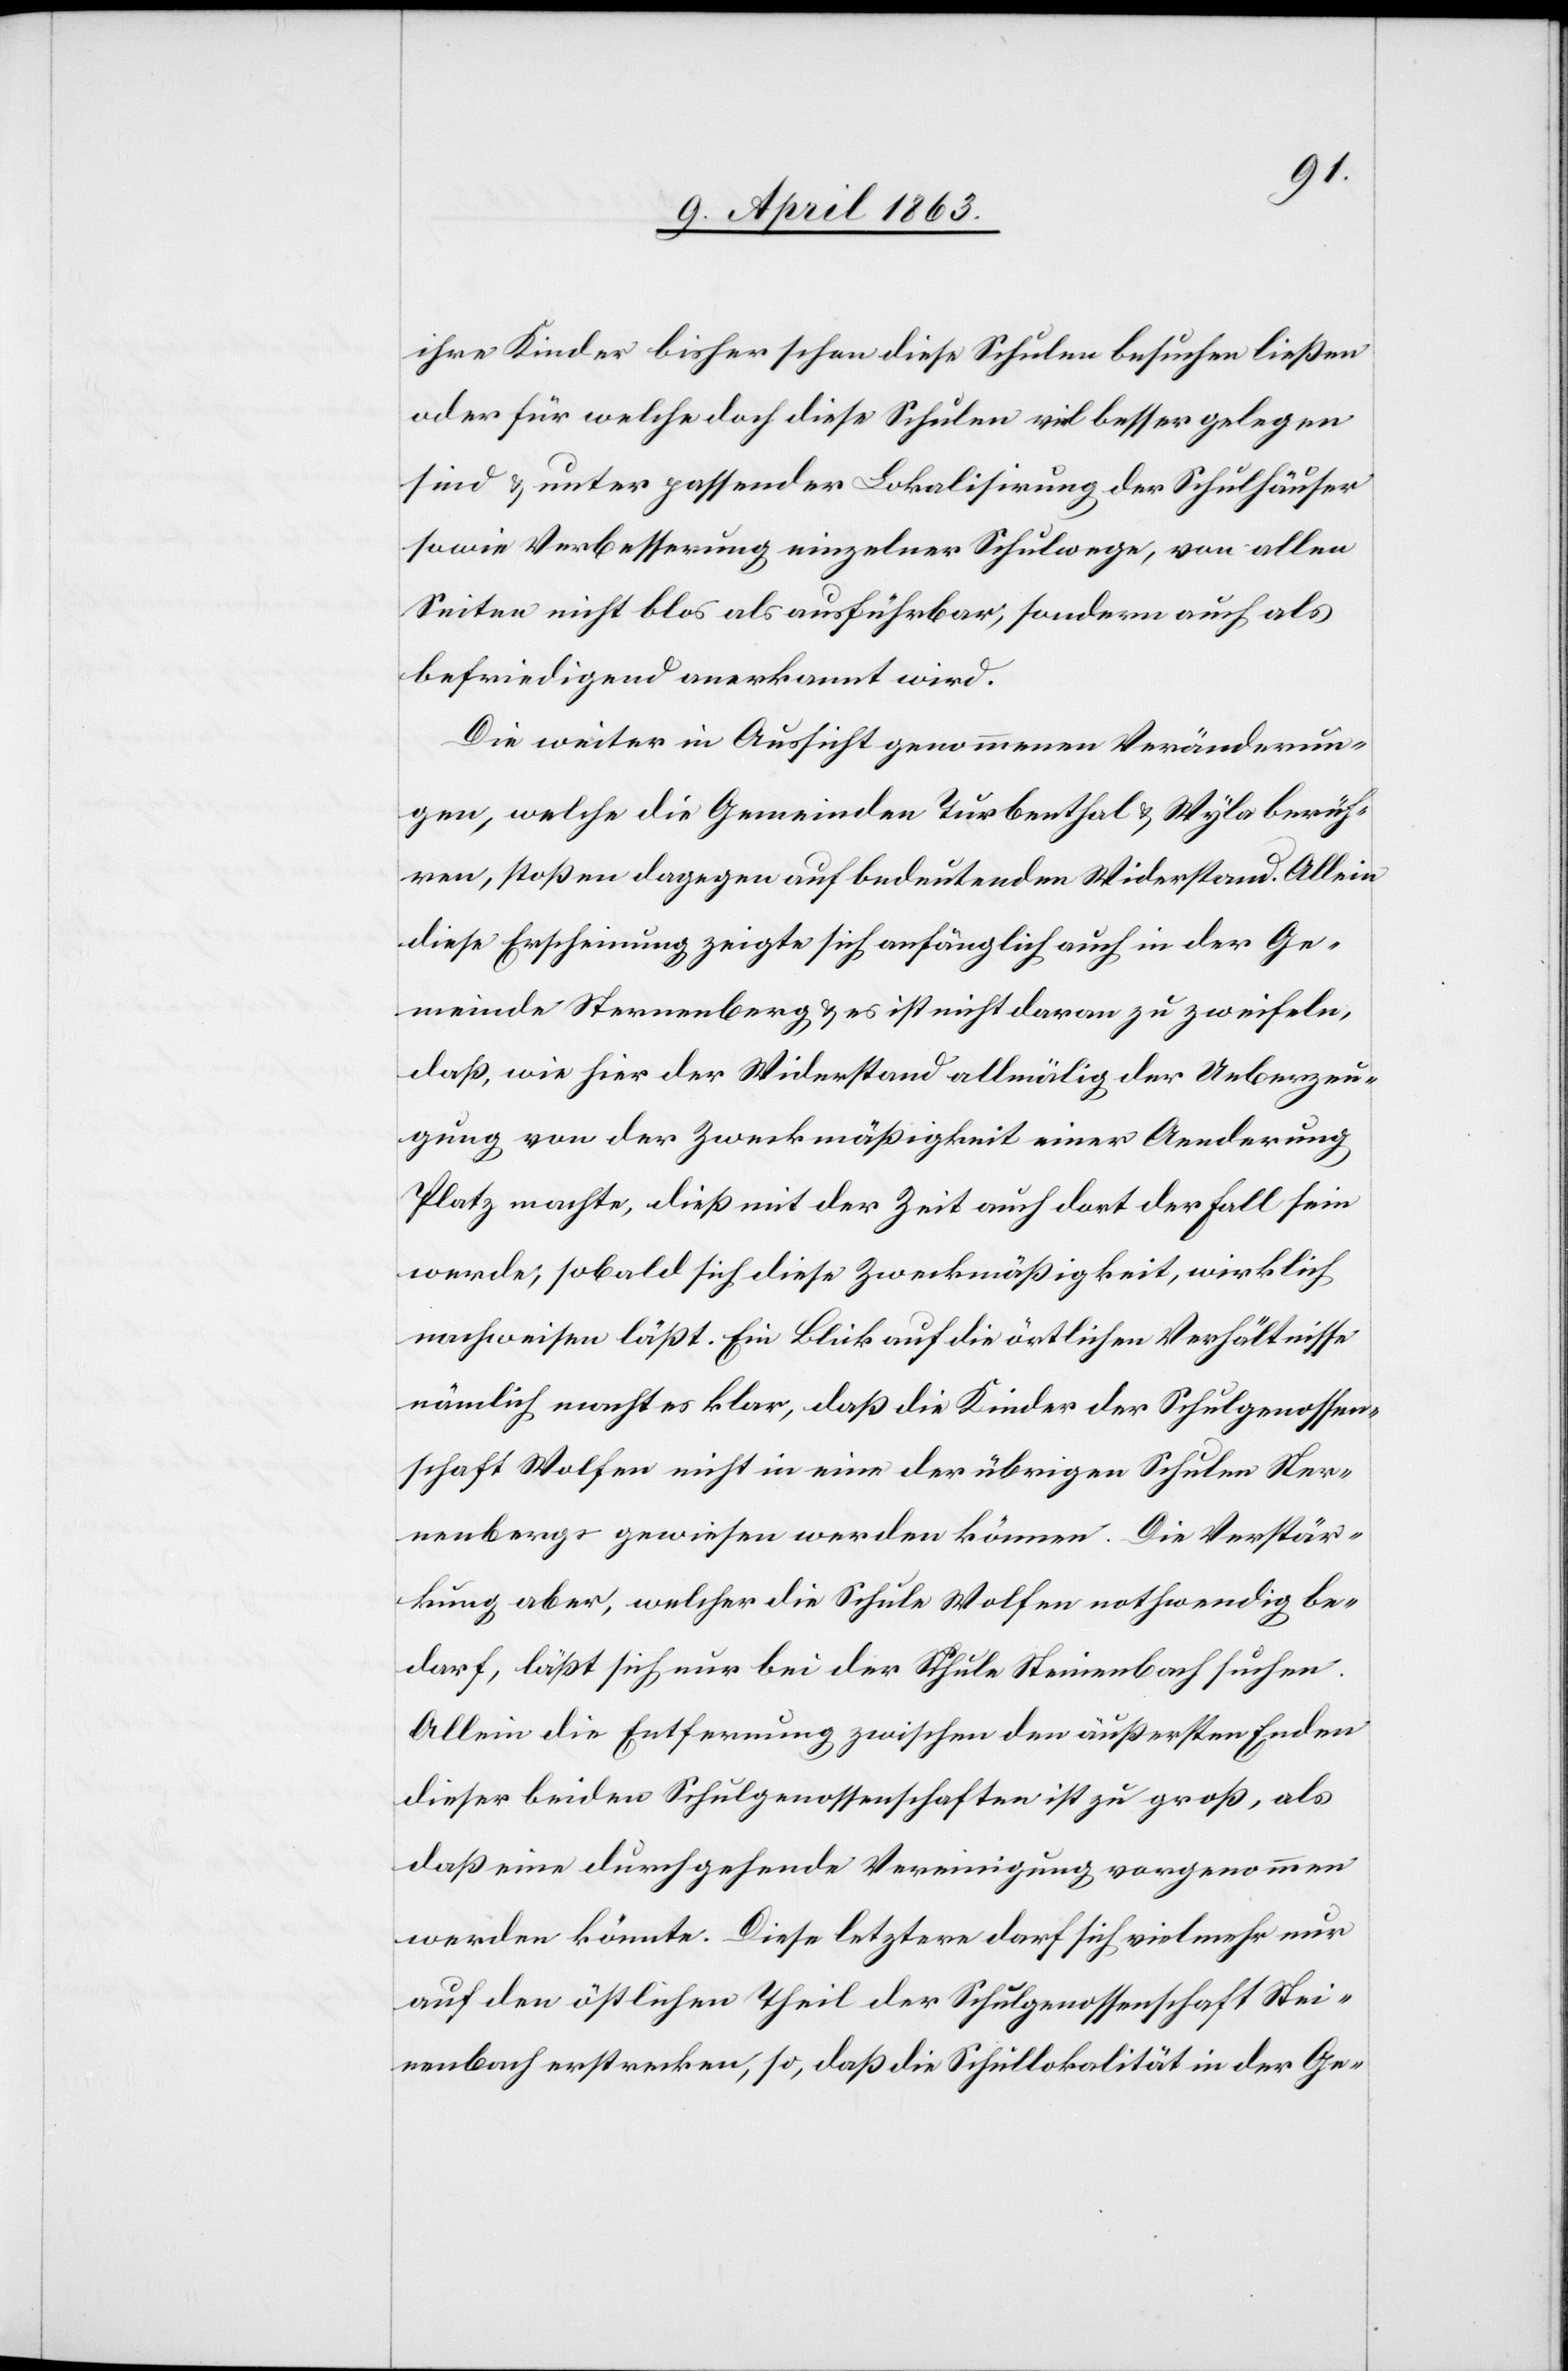
ihre Kinder bisher schon diese Schulen besuche ließen
oder für welche doch diese Schulen viel besser gelegen
sind & unter passender Lokalisirung der Schulhäuser
sowie Verbesserung einzelner Schulwege, von allen
Seiten nicht blos als ausführbar, sondern auch als
befriedigend anerkannt wird.
Die weiter in Aussicht genommenen Veränderun¬
gen, welche die Gemeinden Turbenthal & Wyla berüh¬
ren, stoßen dagegen auf bedeutenden Widerstand. Allein
diese Erscheinung zeigte sich anfänglich auch in der Ge¬
meinde Sternenberg & es ist nicht daran zu zweifeln,
daß, wie hier der Widerstand allmälig der Ueberzeu¬
gung von der Zweckmäßigkeit einer Aenderung
Platz machte, dieß mit der Zeit auch dort der Fall sein
werde, sobald sich diese Zweckmäßigkeit, wirklich
nachweisen läßt. Ein Blick auf die örtlichen Verhältnisse
nämlich macht es klar, daß die Kinder der Schulgenossen¬
schaft Wolfen nicht in eine der übrigen Schulen Ster¬
nenbergs gewiesen werden können. Die Verstär¬
kung aber, welcher die Schule Wolfen nothwendig be¬
darf, läßt sich nur bei der Schule Steinenbach suchen.
Allein die Entfernung zwischen den äußersten Enden
dieser beiden Schulgenossenschaften ist zu groß, als
daß eine durchgehende Vereinigung vorgenommen
werden könnte. Diese letztere darf sich vielmehr nur
auf den östlichen Theil der Schulgenossenschaft Stei¬
nenbach erstrecken, so, daß die Schullokalität in der Ge-